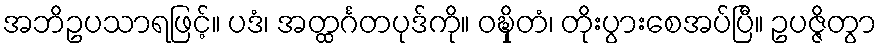
အဘိဥပသာရဖြင့်။ ပဒံ၊ အတ္ထင်္ဂတပုဒ်ကို။ ဝဍ္ဎှိတံ၊ တိုးပွားစေအပ်ပြီ။ ဥပဇ္ဇိတွာ